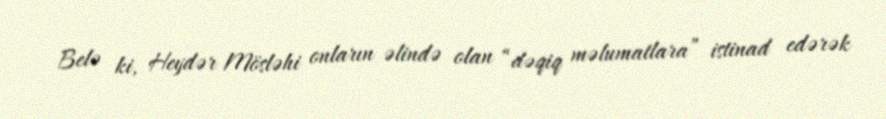
Belə ki, Heydər Mösləhi onların əlində olan “dəqiq məlumatlara” istinad edərək